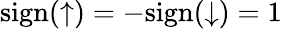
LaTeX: \mathrm{sign}(\uparrow)=-\mathrm{sign}(\downarrow)=1